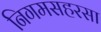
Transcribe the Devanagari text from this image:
निगमसहरसा